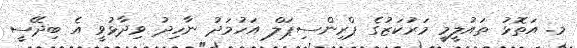
މ. އަތޮޅު ތައުލީމީ މަރުކަޒުގެ ޕްރިންސިޕަލް އަހުމަދު ނާހިދު ވިދާޅުވީ އެ ބިދޭސީ